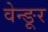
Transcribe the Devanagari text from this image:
वेन्ङूर